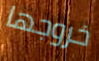
خروجها